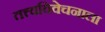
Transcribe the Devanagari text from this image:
तत्त्वविवेचनाला